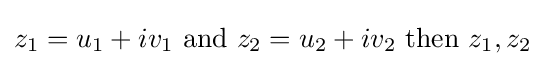
z_{1}=u_{1}+iv_{1}{\text{ and }}z_{2}=u_{2}+iv_{2}{\text{ then }}z_{1},z_{2}